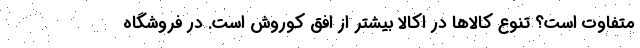
متفاوت است؟ تنوع کالاها در اکالا بیشتر از افق کوروش است. در فروشگاه